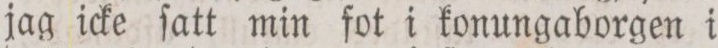
jag icke ſatt min fot i konungaborgen i